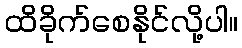
ထိခိုက်စေနိုင်လို့ပါ။